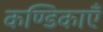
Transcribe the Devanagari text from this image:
कण्डिकाएँ